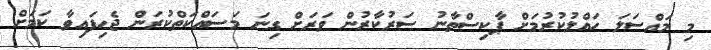
މި މައްސަލަ ހައްލުކުރުމަށް ޕާކިސްތާނު ސަރުކާރުން ވަރަށް ގިނަ މަސައްކަތްކުރަން ޖެހިފައިވާ ކަމަށް